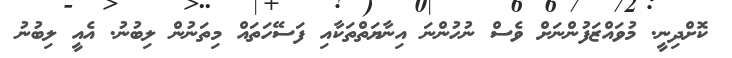
ކޮށްދިނީ. މުވައްޒަފުންނަށް ވެސް ނުހުންނަ އިނާޔަތްތަކާއި ފަސޭހަތައް މިތަނުން ލިބުނު. އެއީ ލިބުނު